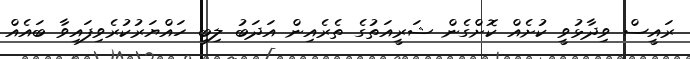
ރައީސް ވިދާޅުވީ ކުށެއް ކޮށްގެން ޝަރީއަތުގެ ތެރެއިން އަދަބު ލިބި ހައްޔަރުކުރެވިފައިވާ ބައެއް